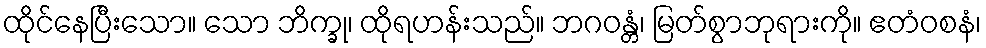
ထိုင်နေပြီးသော။ သော ဘိက္ခု၊ ထိုရဟန်းသည်။ ဘဂဝန္တံ၊ မြတ်စွာဘုရားကို။ ဧတံဝစနံ၊